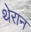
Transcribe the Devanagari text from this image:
थेरान